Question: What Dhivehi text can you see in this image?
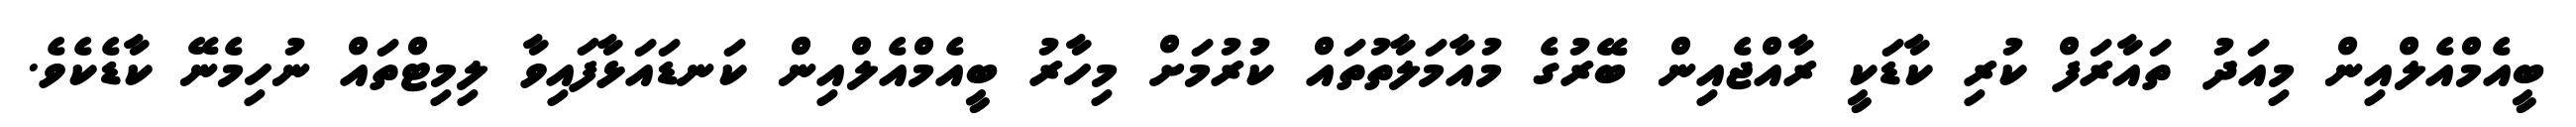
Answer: ބީއެމްއެލްއިން މިއަދު ތައާރަފް ކުރި ކާޑަކީ ރާއްޖެއިން ބޭރުގެ މުއާމަލާތުތައް ކުރުމަށް މިހާރު ބީއެމްއެލްއިން ކަނޑައަޅާފައިވާ ލިމިޓްތައް ނުހިމެނޭ ކާޑެކެވެ.